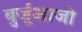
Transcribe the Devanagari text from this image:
बुर्जुआजी